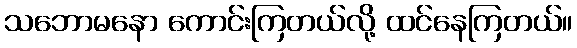
သဘောမနော ကောင်းကြတယ်လို့ ထင်နေကြတယ်။